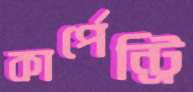
কার্পেন্ট্রি